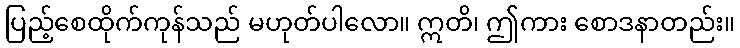
ပြည့်စေထိုက်ကုန်သည် မဟုတ်ပါလော။ ဣတိ၊ ဤကား စောဒနာတည်း။